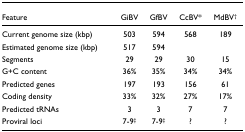
<table><thead><tr><td><b>Feature</b></td><td><b>GiBV</b></td><td><b>GfBV</b></td><td><b>CcBV*</b></td><td><b>MdBV<sup>†</sup></b></td></tr></thead><tbody><tr><td>Current genome size (kbp)</td><td>503</td><td>594</td><td>568</td><td>189</td></tr><tr><td>Estimated genome size (kbp)</td><td>517</td><td>594</td><td></td><td></td></tr><tr><td>Segments</td><td>29</td><td>29</td><td>30</td><td>15</td></tr><tr><td>G+C content</td><td>36%</td><td>35%</td><td>34%</td><td>34%</td></tr><tr><td>Predicted genes</td><td>197</td><td>193</td><td>156</td><td>61</td></tr><tr><td>Coding density</td><td>33%</td><td>32%</td><td>27%</td><td>17%</td></tr><tr><td>Predicted tRNAs</td><td>3</td><td>3</td><td>7</td><td>7</td></tr><tr><td>Proviral loci</td><td>7-9<sup>‡</sup></td><td>7-9<sup>‡</sup></td><td>?</td><td>?</td></tr></tbody></table>